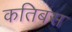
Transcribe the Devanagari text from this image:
कतिबस